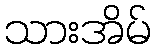
သားအိမ်